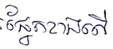
ផ្នែកខាងលើ